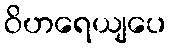
ဝိဟရေယျပေ